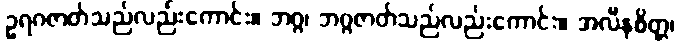
ဥရဂဇာတ်သည်လည်းကောင်း။ ဘဂ္ဂ၊ ဘဂ္ဂဇာတ်သည်လည်းကောင်း။ အလီနစိတ္တ၊